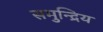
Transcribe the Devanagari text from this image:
समुन्द्रिय